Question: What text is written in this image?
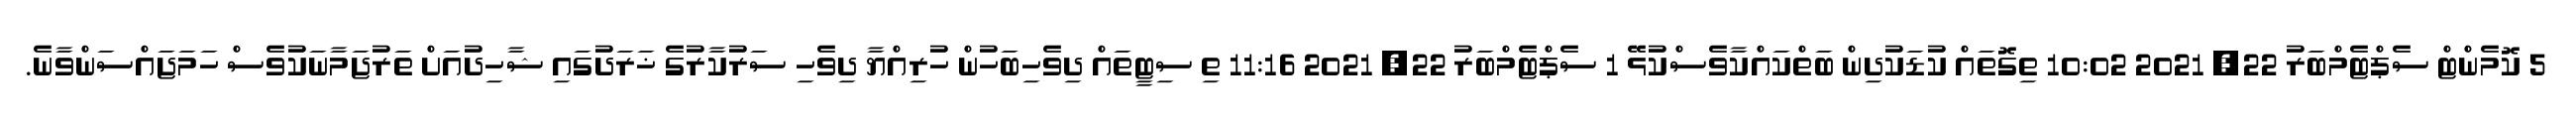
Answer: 5 ކޮމެންޓް ސެޕްޓެމްބަރު 22, 2021 10:02 ތިގޮތައް ކުޑަކުދިން ބަތްކައްކާވެސްކުޅޭ 1 ސެޕްޓެމްބަރު 22, 2021 11:16 ތި ސިޓީތައް ދިވެހިބަހުން ހުރިއްޔާ ދިވެހި ސަރުކާރުގެ ޚަރަދުގައި ޝާހިދުއަށް ތަރުޖަމާނަކުވެސް ހަމަޖައްސަންވާނެ.